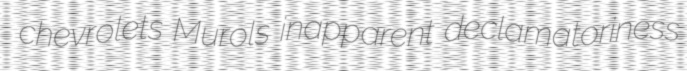
chevrolets Murols inapparent declamatoriness